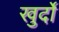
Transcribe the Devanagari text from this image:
खुर्दो